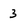
Character: 3